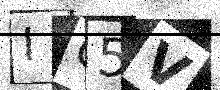
Text: IO5V